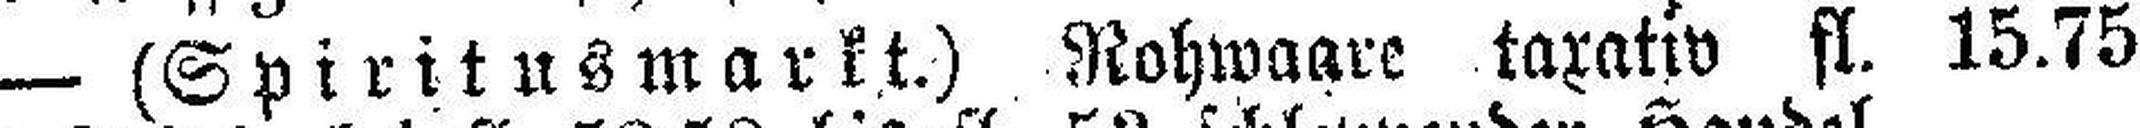
— (Spiritusmarkt.) Rohwaare taxativ fl. 15.75